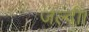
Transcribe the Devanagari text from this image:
जल्दी।